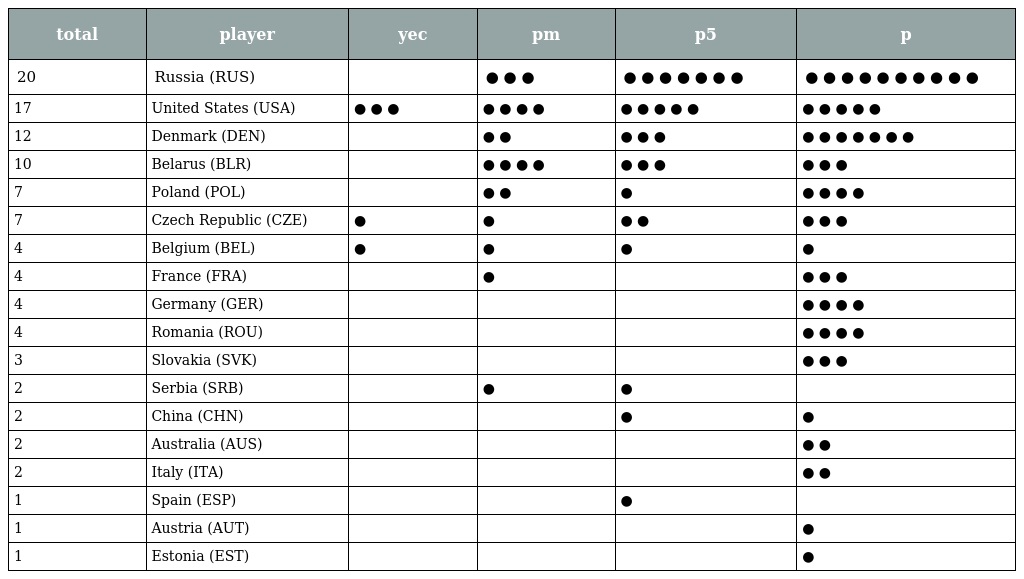
| total | player | yec | pm | p5 | p |
 | --- | --- | --- | --- | --- | --- |
 | 20 | Russia (RUS) |  | ● ● ● | ● ● ● ● ● ● ● | ● ● ● ● ● ● ● ● ● ● |
 | 17 | United States (USA) | ● ● ● | ● ● ● ● | ● ● ● ● ● | ● ● ● ● ● |
 | 12 | Denmark (DEN) |  | ● ● | ● ● ● | ● ● ● ● ● ● ● |
 | 10 | Belarus (BLR) |  | ● ● ● ● | ● ● ● | ● ● ● |
 | 7 | Poland (POL) |  | ● ● | ● | ● ● ● ● |
 | 7 | Czech Republic (CZE) | ● | ● | ● ● | ● ● ● |
 | 4 | Belgium (BEL) | ● | ● | ● | ● |
 | 4 | France (FRA) |  | ● |  | ● ● ● |
 | 4 | Germany (GER) |  |  |  | ● ● ● ● |
 | 4 | Romania (ROU) |  |  |  | ● ● ● ● |
 | 3 | Slovakia (SVK) |  |  |  | ● ● ● |
 | 2 | Serbia (SRB) |  | ● | ● |  |
 | 2 | China (CHN) |  |  | ● | ● |
 | 2 | Australia (AUS) |  |  |  | ● ● |
 | 2 | Italy (ITA) |  |  |  | ● ● |
 | 1 | Spain (ESP) |  |  | ● |  |
 | 1 | Austria (AUT) |  |  |  | ● |
 | 1 | Estonia (EST) |  |  |  | ● |